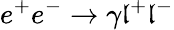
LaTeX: e^{+}e^{-}\rightarrow\gamma\mathfrak{l}^{+}\mathfrak{l}^{-}